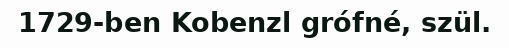
1729-ben Kobenzl grófné, szül.